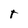
Character: t